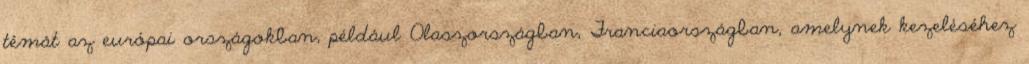
témát az európai országokban, például Olaszországban, Franciaországban, amelynek kezeléséhez